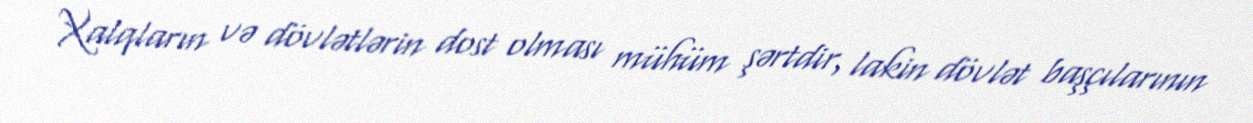
Xalqların və dövlətlərin dost olması mühüm şərtdir, lakin dövlət başçılarının